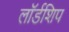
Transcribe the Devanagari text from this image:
लॉर्डशिप